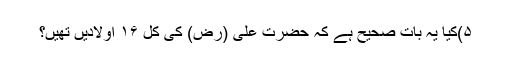
۵)کیا یہ بات صحیح ہے کہ حضرت علی (رض) کی کل ۱۶ اولادیں تھیں؟